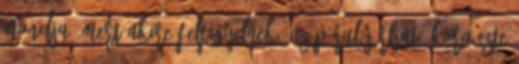
mondja, mert akire felfigyelnek, az pórul járhat. Kora este